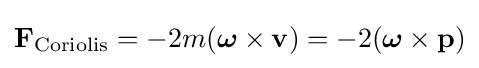
\mathbf {F} _{\mathrm {Coriolis} }=-2m({\boldsymbol {\omega }}\times \mathbf {v} )=-2({\boldsymbol {\omega }}\times \mathbf {p} )